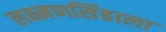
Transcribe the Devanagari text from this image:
लक्ष्मणसिंहाला